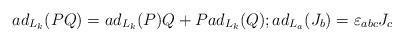
LaTeX: \begin{align*}ad_{L_{k}}(PQ)=ad_{L_{k}}(P)Q+Pad_{L_{k}}(Q);ad_{L_{a}}(J_{b})=\varepsilon_{abc}J_{c}\end{align*}